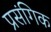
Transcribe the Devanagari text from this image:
प्रसंगिक